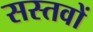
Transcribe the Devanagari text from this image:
सस्तवों